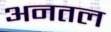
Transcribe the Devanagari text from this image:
अनतल